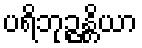
ပရိဘုဉ္ဇန္တိယာ